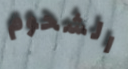
الشحوم